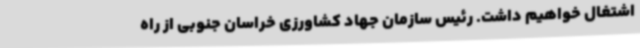
اشتغال خواهیم داشت. رئیس سازمان جهاد کشاورزی خراسان جنوبی از راه‌